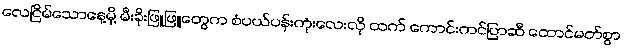
လေငြိမ်သောနေ့မို့ မီးခိုးဖြူဖြူတွေက စံပယ်ပန်းကုံးလေးလို ထက် ကောင်းကင်ပြာဆီ ထောင်မတ်စွာ